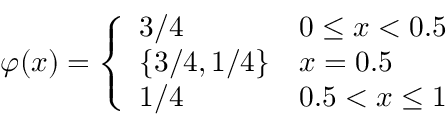
\varphi ( x ) = { \left\{ \begin{array} { l l } { 3 / 4 } & { 0 \leq x < 0 . 5 } \\ { \{ 3 / 4 , 1 / 4 \} } & { x = 0 . 5 } \\ { 1 / 4 } & { 0 . 5 < x \leq 1 } \end{array} \right. }